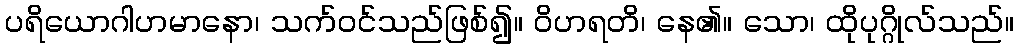
ပရိယောဂါဟမာနော၊ သက်ဝင်သည်ဖြစ်၍။ ဝိဟရတိ၊ နေ၏။ သော၊ ထိုပုဂ္ဂိုလ်သည်။